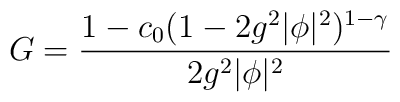
G={1 -c_0(1-2g^2|\phi|^2)^{1-\gamma} \over 2g^2|\phi|^2}